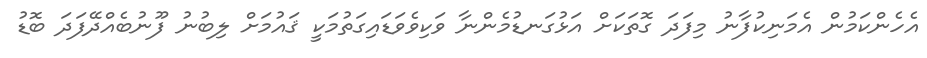
އެހެންކަމުން އެމަނިކުފާނު މިފަދަ ގޮތަކަށް އަޅުގަނޑުމެންނާ ވަކިވެވަޑައިގަތުމަކީ ޤައުމަށް ލިބުނު ފޫނުބެއްދޭފަދަ ބޮޑު